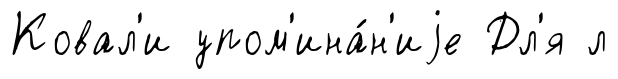
Ковал'и упом'ина́н'иjе Дл'я л